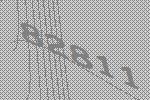
82811